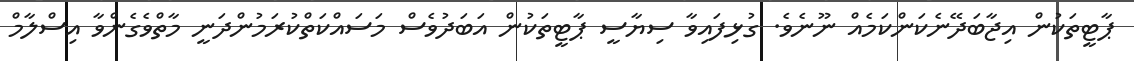
ޕާޓީތަކުން އިޖާބަދޭނެކަންކަމެއް ނޫނެވެ. ގުޅިފައިވާ ސިޔާސީ ޕާޓީތަކުން އަބަދުވެސް މަސައްކަތްކުރަމުންދަނީ މާތްވެގެންވާ އިސްލާމް